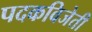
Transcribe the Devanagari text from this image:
पदकविजेती